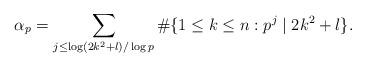
LaTeX: \begin{align*}\alpha_p = \sum_{j\leq \log(2k^2+l)/\log p} \#\{1\leq k\leq n: p^j\mid 2k^2+l\}.\end{align*}